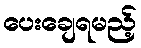
ပေးချေရမည့်